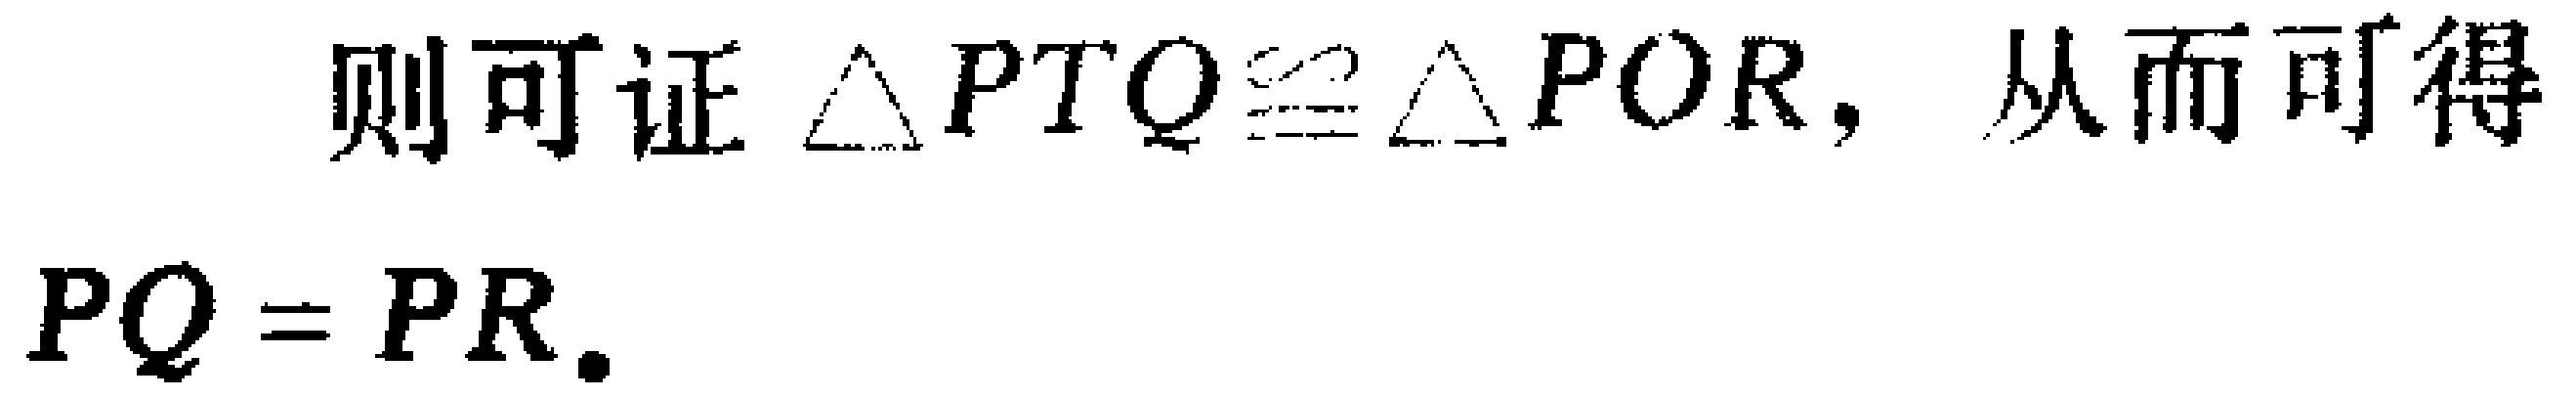
则可证$\triangle PTQ\cong\triangle POR$，从而可得

$PQ = PR.$